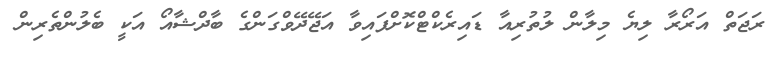
ރަޖަތް އަރޯރާ ލިޔެ މިލާން ލުތުރިއާ ޑައިރެކްޓްކޮށްފައިވާ އަޖޭދޭވްގަންގެ ބާދްޝާއޯ އަކީ ބެލުންތެރިން